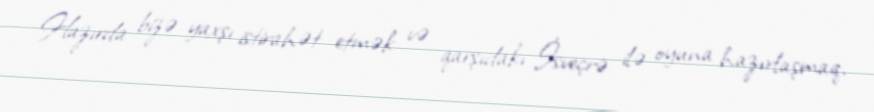
Hazırda bizə yaxşı istirahət etmək və qarşıdakı İsveçrə ilə oyuna hazırlaşmaq,